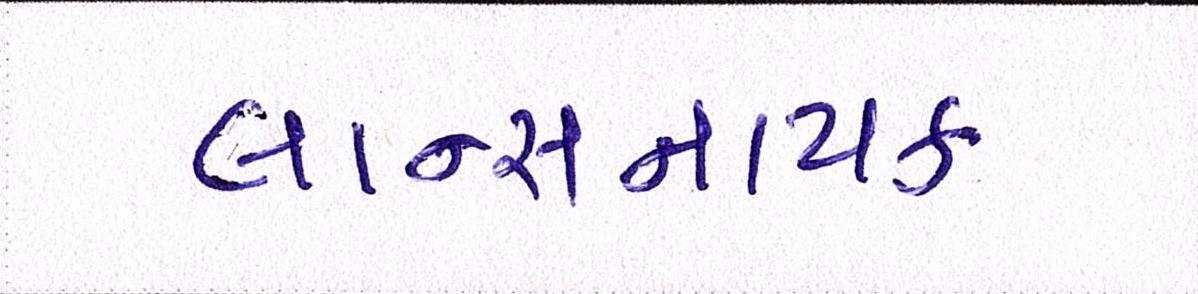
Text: લાન્સનાયક